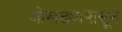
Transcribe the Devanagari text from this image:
जोखड्यापासून